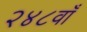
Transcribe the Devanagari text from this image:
२४८वाँ